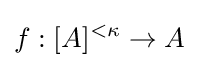
f:[A]^{<\kappa }\to A